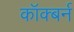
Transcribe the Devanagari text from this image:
कॉक्बर्न